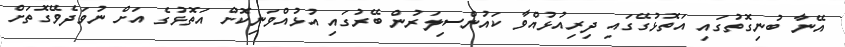
އޭނާ ބުނިގޮތުގައި އަތޮޅުގޭގައި ދިރިއުޅުއްވާ ކައުންސިލަރުން ބޭރުގައި އުޅުއްވަނިކޮށް އަތޮޅުގެ އަށް ނުވަދެވޭގޮތަށް